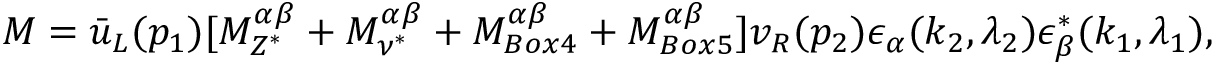
{ \cal M } = \bar { u } _ { L } ( p _ { 1 } ) [ { \cal M } _ { Z ^ { * } } ^ { \alpha \beta } + { \cal M } _ { \nu ^ { * } } ^ { \alpha \beta } + { \cal M } _ { B o x 4 } ^ { \alpha \beta } + { \cal M } _ { B o x 5 } ^ { \alpha \beta } ] v _ { R } ( p _ { 2 } ) { \epsilon } _ { \alpha } ( k _ { 2 } , { \lambda } _ { 2 } ) { \epsilon } _ { \beta } ^ { * } ( k _ { 1 } , { \lambda } _ { 1 } ) , \protect \,